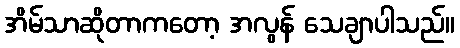
အိမ်သာဆိုတာကတော့ အလွန် သေချာပါသည်။